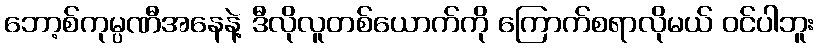
ဘော့စ်ကုမ္ပဏီအနေနဲ့ ဒီလိုလူတစ်ယောက်ကို ကြောက်စရာလိုမယ် ဝင်ပါဘူး